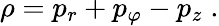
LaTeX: \rho=p_{r}+p_{\varphi}-p_{z}\; .